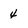
Character: 4